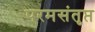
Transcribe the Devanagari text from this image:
परमसंतृप्त